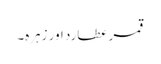
قمر عطارد اور زہرہ۔